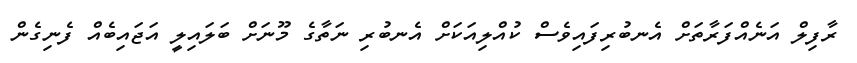
ރާފިލް އަނެއްފަރާތަށް އެނބުރިފައިވެސް ކުއްލިއަކަށް އެނބުރި ނަތާގެ މޫނަށް ބަލައިލީ އަޖައިބެއް ފެނިގެން